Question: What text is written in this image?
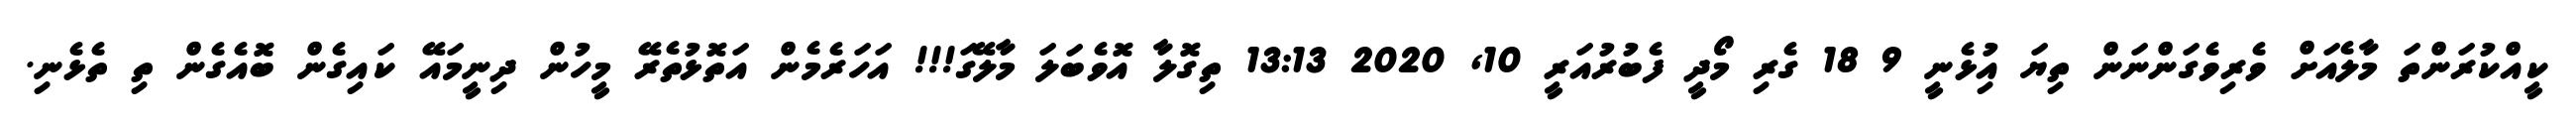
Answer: ކީއްކުރަންތަ މާލެއަށް ވެރިވެގަންނަން ތިޔަ އިުޅެނީ 9 18 ގެރި މޯދީ ފެބުރުއަރީ 10, 2020 13:13 ތިގޮލާ އޮވެބަލަ މާލޭގަ!!! އަހަރެމެން އަތޮޅުތެރޭ މީހުން ދިނީމައޭ ކައިގެން ބޮއެގެން ތި ތެޅެނި.